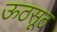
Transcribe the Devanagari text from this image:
ऊठसूठ